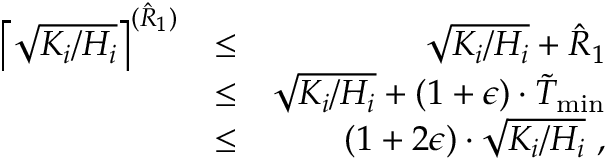
\begin{array} { r l r } { \left\lceil \sqrt { K _ { i } / H _ { i } } \right\rceil ^ { ( \hat { R } _ { 1 } ) } } & { \leq } & { \sqrt { K _ { i } / H _ { i } } + \hat { R } _ { 1 } } \\ & { \leq } & { \sqrt { K _ { i } / H _ { i } } + ( 1 + \epsilon ) \cdot \tilde { T } _ { \operatorname* { m i n } } } \\ & { \leq } & { ( 1 + 2 \epsilon ) \cdot \sqrt { K _ { i } / H _ { i } } \ , } \end{array}